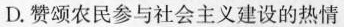
D.赞颂农民参与社会主义建设的热情